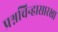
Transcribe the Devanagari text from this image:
प्रश्नचिन्हासारखा